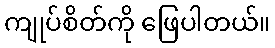
ကျုပ်စိတ်ကို ဖြေပါတယ်။